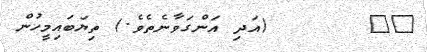
٤٣       (އަދި އަންގަވާނެތެވެ.) ތިޔަބައިމީހުން